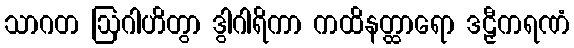
သာဂတ ဩဂါဟိတွာ ဒွါဂါရိကာ ကထိနတ္ထာရော ဒဠှီကရဏံ